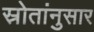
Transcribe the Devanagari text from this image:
स्रोतांनुसार